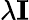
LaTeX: \lambda\mathbf{I}